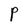
Character: P